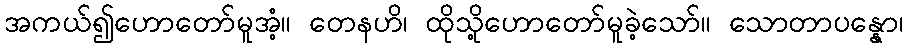
အကယ်၍ဟောတော်မူအံ့။ တေနဟိ၊ ထိုသို့ဟောတော်မူခဲ့သော်။ သောတာပန္နော၊